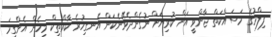
ފިލްމުގެ މަސައްކަތް ޖާންވީ އަށް ކުރިޔަށް ނުގެންދެވޭނެކަން އެނގިހުރެ ކާރްތިކް މިހެން އެންގީމަ